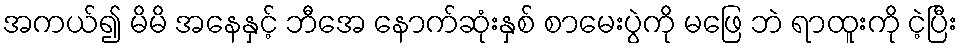
အကယ်၍ မိမိ အနေနှင့် ဘီအေ နောက်ဆုံးနှစ် စာမေးပွဲကို မဖြေ ဘဲ ရာထူးကို ငဲ့ပြီး